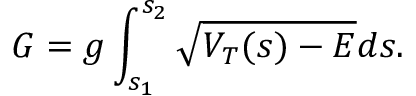
G = g \int _ { s _ { 1 } } ^ { s _ { 2 } } \sqrt { V _ { T } ( s ) - { \cal E } } d s .